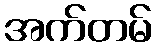
အက်တမ်